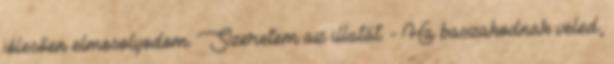
jólesően elmosolyodom. Szeretem az illatát. - Ha baszakodnak veled,